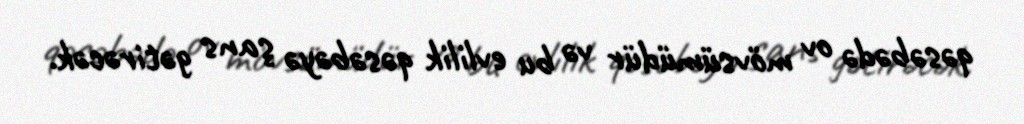
qəsəbədə ov mövsümüdür və bu evlilik qəsəbəyə şans gətirəcək.